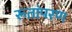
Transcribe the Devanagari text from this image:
रूतांपरण